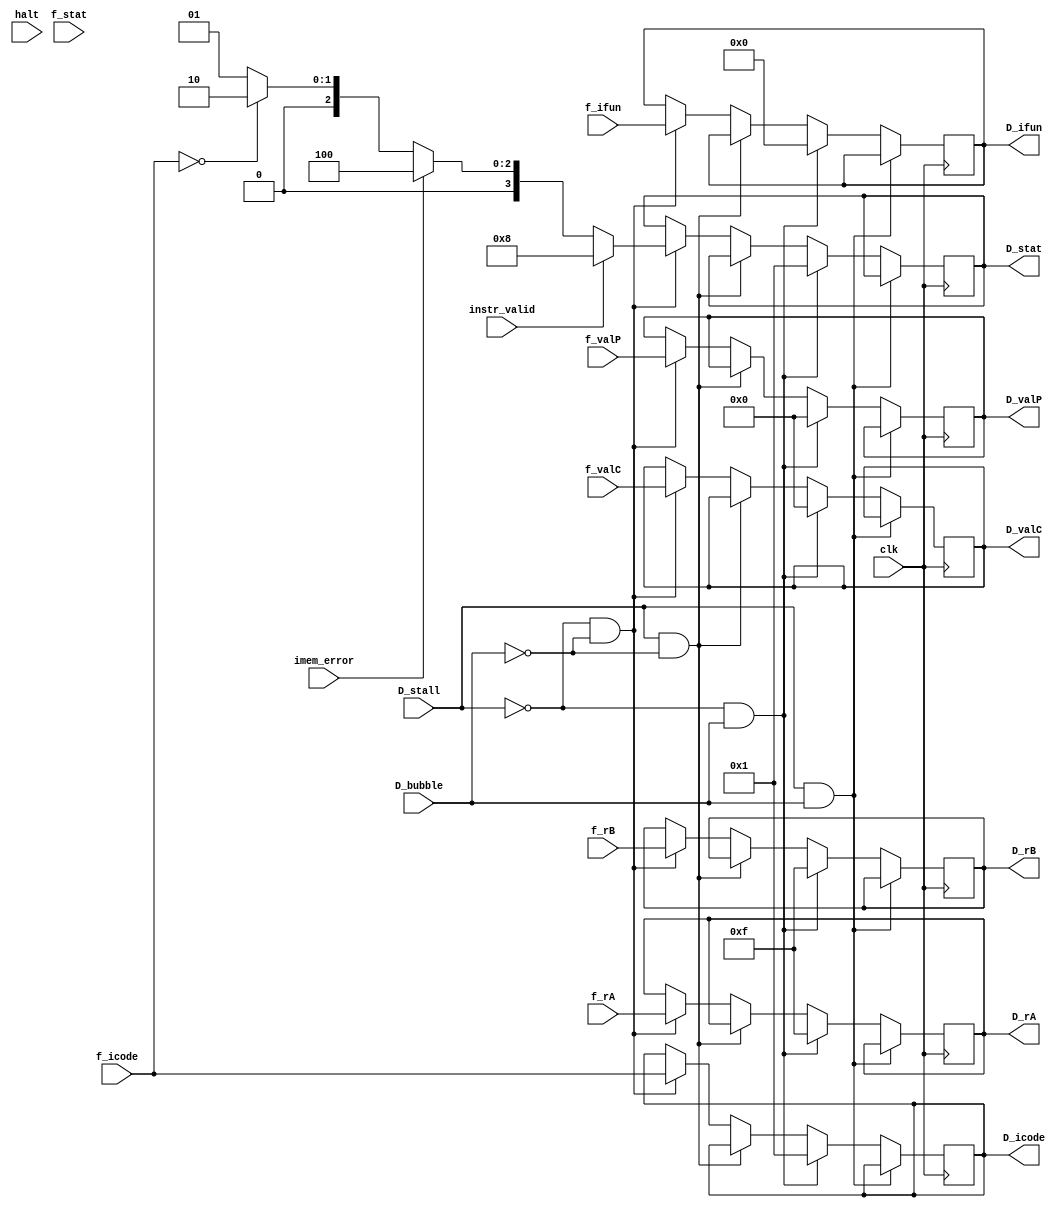
module decode_reg(clk,D_bubble,D_stall,f_rA,f_rB,f_valC,f_valP,f_stat,f_icode,f_ifun,instr_valid, imem_error, halt,D_rA,D_rB,D_valC,D_valP,D_stat,D_icode,D_ifun);
input clk;
input D_bubble;
input D_stall;
input [3:0]f_rA;
input [3:0]f_rB;
input [63:0]f_valC;
input [63:0]f_valP;
input [3:0]f_stat;
input [3:0]f_icode;
input [3:0]f_ifun;
input instr_valid, imem_error, halt;

output reg [3:0] D_rA;
output reg [3:0] D_rB;
output reg [63:0] D_valC;
output reg [63:0] D_valP;
output reg [3:0] D_stat;
output reg [3:0] D_icode;
output reg [3:0] D_ifun;
reg [3:0] stat;
// always @(posedge(clk)) begin
//     if(!D_stall)
//     begin
//         case (D_bubble)
// 				4'h1: begin
// 					D_icode <= 4'h1;
// 					D_ifun <= 4'h0;
//           D_rA <= 4'hF;
//         D_rB <= 4'hF;
//         D_valC <= 64'b0;
//         D_valP <= 64'b0;
//           D_stat<=4'b0001;
// 				end
// 				default: begin
// 					//D_stat = f_stat;
// 					D_icode <= f_icode;
// 					D_ifun <= f_ifun;
// 					D_rA <= f_rA;
// 					D_rB <= f_rB;
// 					D_valC <= f_valC;
// 					D_valP <= f_valP;
// 				end
// 		endcase 
//     end
//     else begin
//    D_icode <= D_icode;
//         D_ifun <= D_ifun;
//         D_rA <= D_rA;
//         D_rB <= D_rB;
//         D_valC <= D_valC;
//         D_valP <= D_valP;
//         D_stat <= D_stat;
//  end
    
// end
// always @(posedge(clk)) begin
//      if(!D_stall)
//    begin
//       if(!D_bubble) begin
//      D_stat<=stat;
//       end
//    end
  
// end


always @(posedge clk)
begin
if (D_stall==1'b0 && D_bubble==1'b0)
begin
   D_icode <= f_icode;
        D_ifun <= f_ifun;
        D_rA <= f_rA;
        D_rB <= f_rB;
        D_valC <= f_valC;
        D_valP <= f_valP;
        D_stat <= stat;
end

if (D_stall==1'b1 && D_bubble==1'b0)
begin
  D_icode <= D_icode;
        D_ifun <= D_ifun;
        D_rA <= D_rA;
        D_rB <= D_rB;
        D_valC <= D_valC;
        D_valP <= D_valP;
        D_stat <= D_stat;
end

if (D_stall==1'b0 && D_bubble==1'b1)
begin
   D_icode <= 4'h1;
        D_ifun <= 4'h0;
        D_rA <= 4'hF;
        D_rB <= 4'hF;
        D_valC <= 64'b0;
        D_valP <= 64'b0;
        D_stat <= 4'b0001;
end

if (D_stall==1'b1 && D_bubble==1'b1)
begin
   D_icode <= D_icode;
        D_ifun <= D_ifun;
        D_rA <= D_rA;
        D_rB <= D_rB;
        D_valC <= D_valC;
        D_valP <= D_valP;
        D_stat <= D_stat;
end

end



always @(*)
begin
    if (instr_valid)
    stat = 4'b1000;
    else if (imem_error)
    stat = 4'b0100;
    else if (f_icode==4'h0)
    stat = 4'b0010;
    else 
    stat = 4'b0001;
end


			
endmodule